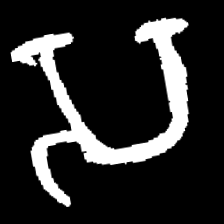
Pyu character \u2014 Myanmar letter: သ (romanized: sa)